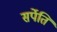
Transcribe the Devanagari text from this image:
सर्पेति